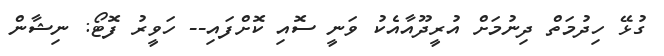
ގުޅޭ ހިދުމަތް ދިނުމަށް އުރީދޫއާއެކު ވަނީ ސޮއި ކޮށްފައި-- ހަވީރު ފޮޓޯ: ނިޝާން